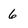
Character: 6